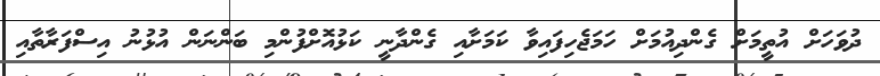
ދުވަހަށް އުތީމަށް ގެންދިއުމަށް ހަމަޖެހިފައިވާ ކަމަށާއި ގެންދާނީ ކަޅުއޮށްފުންމި ބަންނަން އުޅުނު އިސްފަރާތާއި